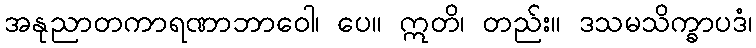
အနုညာတကာရဏာဘာဝေါ၊ ပေ။ ဣတိ၊ တည်း။ ဒသမသိက္ခာပဒံ၊